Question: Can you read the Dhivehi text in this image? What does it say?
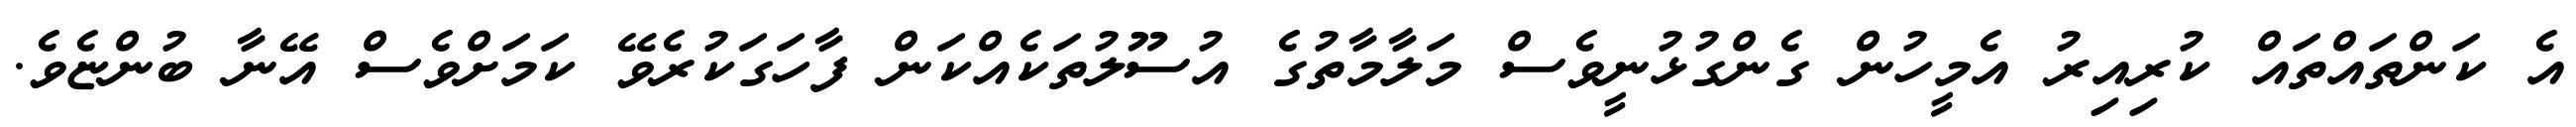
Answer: އެ ކަންތައްތައް ކުރިއިރު އެމީހުން ގެންގުޅުނީވެސް މަލާމާތުގެ އުސޫލުތަކެއްކަން ފާހަގަކުރެވޭ ކަމަށްވެސް އޭނާ ބުންޏެވެ.